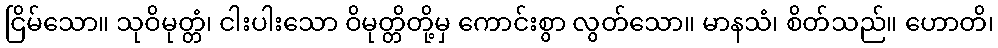
ငြိမ်သော။ သုဝိမုတ္တံ၊ ငါးပါးသော ဝိမုတ္တိတို့မှ ကောင်းစွာ လွတ်သော။ မာနသံ၊ စိတ်သည်။ ဟောတိ၊